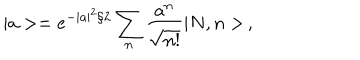
| a > = e ^ { - | a | ^ { 2 } / 2 } \sum _ { n } \frac { a ^ { n } } { \sqrt { n ! } } | N , n > \, ,